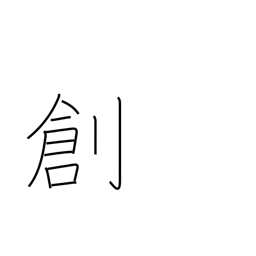
Meaning: genesis